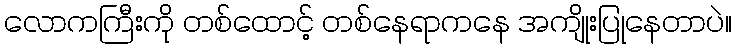
လောကကြီးကို တစ်ထောင့် တစ်နေရာကနေ အကျိုးပြုနေတာပဲ။